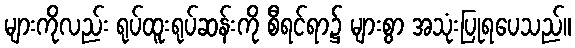
များကိုလည်း ရုပ်ထူးရုပ်ဆန်းကို စီရင်ရာ၌ များစွာ အသုံးပြုရပေသည်။